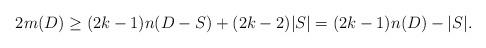
LaTeX: \begin{align*}2m(D) \ge (2k-1)n(D-S) + (2k-2)|S| = (2k-1)n(D)-|S|. \end{align*}